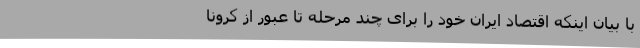
با بیان اینکه اقتصاد ایران خود را برای چند مرحله تا عبور از کرونا